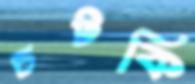
চটকি